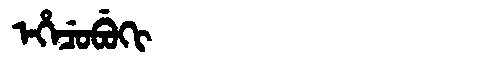
Manchu: ᡝᡥᡝᠴᡠᠪᡠᡴᡳ
Romanization: EHECUBUKI